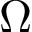
\Omega